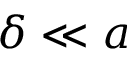
\delta \ll a